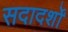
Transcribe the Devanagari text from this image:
सदादर्शों